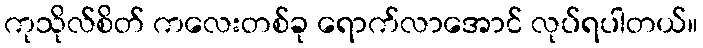
ကုသိုလ်စိတ် ကလေးတစ်ခု ရောက်လာအောင် လုပ်ရပါတယ်။